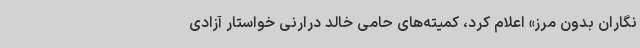
نگاران بدون مرز» اعلام کرد، کمیته‌های حامی خالد درارنی خواستار آزادی